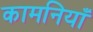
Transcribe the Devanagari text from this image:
कामनियाँ